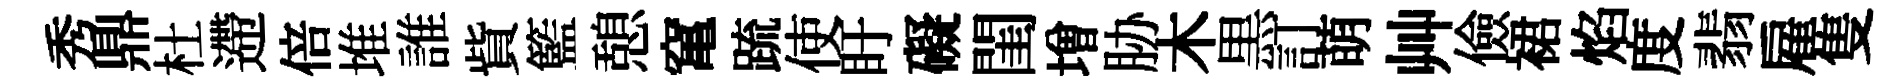
秀鼎杜遰倍堆誰貲籃憩𥧄䟽使盱礙閨増胁木黒訂萌艸儉裙焰度翡雇隻